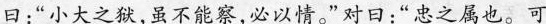
曰：“小大之狱，虽不能察，必以情。”对日：“忠之属也。可